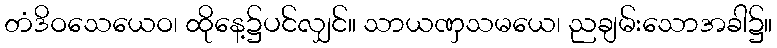
တံဒိဝသေယေဝ၊ ထိုနေ့၌ပင်လျှင်။ သာယဏှသမယေ၊ ညချမ်းသောအခါ၌။